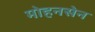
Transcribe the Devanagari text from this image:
मोहनसेन